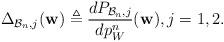
LaTeX: \begin{align*}\Delta_{\mathcal{B}_n,j}(\mathbf{w})\triangleq\frac{dP_{\mathcal{B}_n,j}}{dp_W^n}(\mathbf{w}),j=1,2.\end{align*}